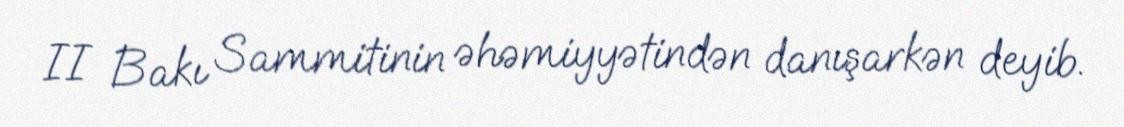
II Bakı Sammitinin əhəmiyyətindən danışarkən deyib.